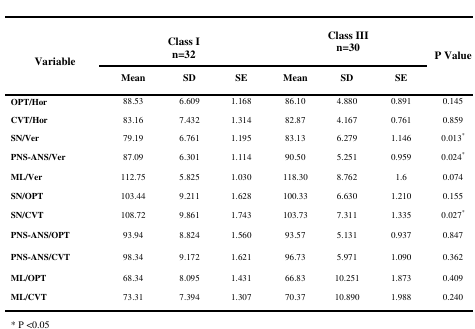
<table><thead><tr><td rowspan="2"><b>Variable</b></td><td colspan="3"><b> Class In=32</b></td><td colspan="3"><b>Class IIIn=30</b></td><td rowspan="2"><b>P Value</b></td></tr><tr><td><b>Mean</b></td><td><b>SD</b></td><td><b>SE</b></td><td><b>Mean</b></td><td><b>SD</b></td><td><b>SE</b></td></tr></thead><tbody><tr><td><b>OPT/Hor</b></td><td>88.53</td><td>6.609</td><td>1.168</td><td>86.10</td><td>4.880</td><td>0.891</td><td>0.145</td></tr><tr><td><b>CVT/Hor</b></td><td>83.16</td><td>7.432</td><td>1.314</td><td>82.87</td><td>4.167</td><td>0.761</td><td>0.859</td></tr><tr><td><b>SN/Ver</b></td><td>79.19</td><td>6.761</td><td>1.195</td><td>83.13</td><td>6.279</td><td>1.146</td><td>0.013<sup>*</sup></td></tr><tr><td><b>PNS-ANS/Ver</b></td><td>87.09</td><td>6.301</td><td>1.114</td><td>90.50</td><td>5.251</td><td>0.959</td><td>0.024<sup>*</sup></td></tr><tr><td><b>ML/Ver</b></td><td>112.75</td><td>5.825</td><td>1.030</td><td>118.30</td><td>8.762</td><td>1.6</td><td>0.074</td></tr><tr><td><b>SN/OPT</b></td><td>103.44</td><td>9.211</td><td>1.628</td><td>100.33</td><td>6.630</td><td>1.210</td><td>0.155</td></tr><tr><td><b>SN/CVT</b></td><td>108.72</td><td>9.861</td><td>1.743</td><td>103.73</td><td>7.311</td><td>1.335</td><td>0.027<sup>*</sup></td></tr><tr><td><b>PNS-ANS/OPT</b></td><td>93.94</td><td>8.824</td><td>1.560</td><td>93.57</td><td>5.131</td><td>0.937</td><td>0.847</td></tr><tr><td><b>PNS-ANS/CVT</b></td><td>98.34</td><td>9.172</td><td>1.621</td><td>96.73</td><td>5.971</td><td>1.090</td><td>0.362</td></tr><tr><td><b>ML/OPT</b></td><td>68.34</td><td>8.095</td><td>1.431</td><td>66.83</td><td>10.251</td><td>1.873</td><td>0.409</td></tr><tr><td><b>ML/CVT</b></td><td>73.31</td><td>7.394</td><td>1.307</td><td>70.37</td><td>10.890</td><td>1.988</td><td>0.240</td></tr></tbody></table>